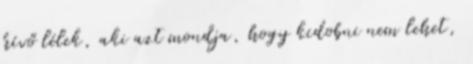
hívő lélek, aki azt mondja, hogy kidobni nem lehet,